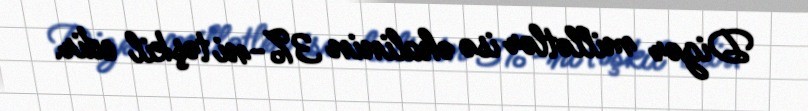
Digər millətlər isə əhalinin 3%-ni təşkil edir.